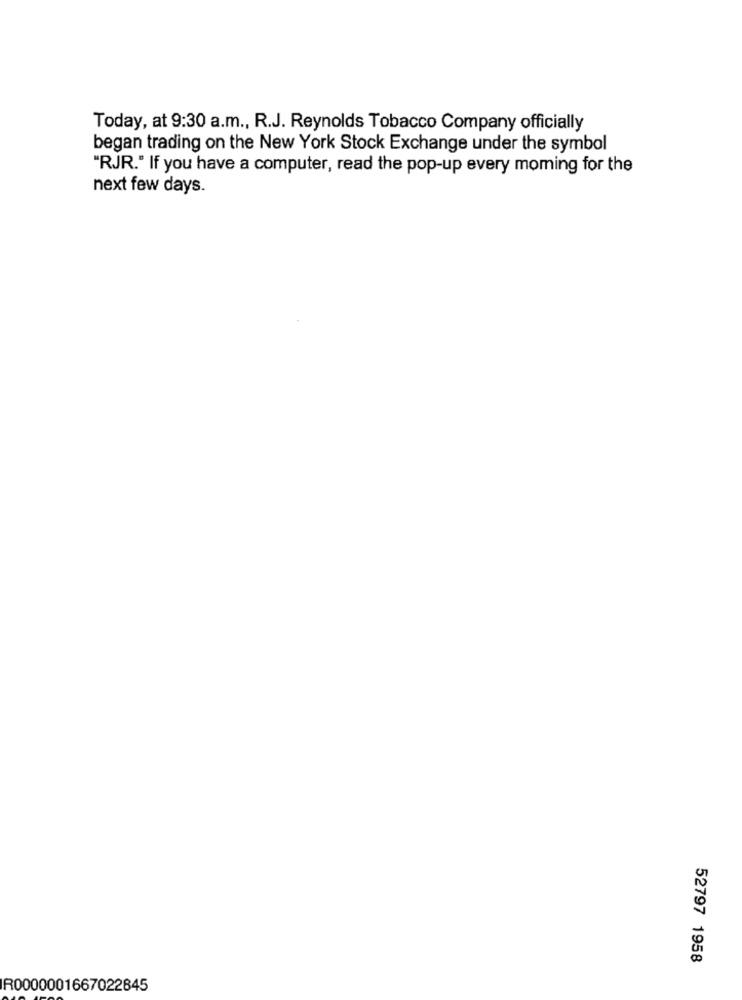
Today, at 9:30 a.m ., R.J. Reynolds Tobacco Company officially
began trading on the New York Stock Exchange under the symbol
"RJR." If you have a computer, read the pop-up every moming for the
next few days.
52797 1958
R0000001667022845